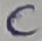
Text: C